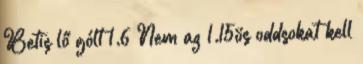
Betis lő gólt 1.6 Nem az 1.15ös oddsokat kell